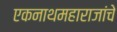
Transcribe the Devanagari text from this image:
एकनाथमहाराजांचे